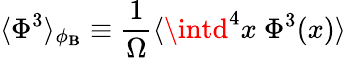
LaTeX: \langle\Phi^{3}\rangle_{\phi_{\mathbf{B}}}\equiv{\frac{{1}}{{\Omega}}}\langle\intd^{4}x~\Phi^{3}(x)\rangle